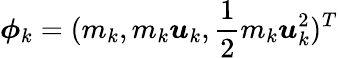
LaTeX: \boldsymbol{\phi}_{k}=(m_{k},m_{k}\boldsymbol{u}_{k},\frac{1}{2}m_{k}\boldsymbol{u}_{k}^{2})^{T}